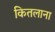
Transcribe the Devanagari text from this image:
कितलाना